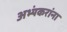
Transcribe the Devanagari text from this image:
अभ्यंकरांना